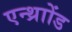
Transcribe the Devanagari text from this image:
एन्थ्राोंड